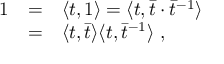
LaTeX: \begin{array} { r c l } { { 1 } } & { { = } } & { { \langle t , 1 \rangle = \langle t , { \bar { t } } \cdot { \bar { t } } ^ { - 1 } \rangle } } \\ { { } } & { { = } } & { { \langle t , \bar { t } \rangle \langle t , \bar { t } ^ { - 1 } \rangle ~ , } } \end{array}